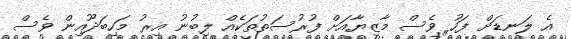
އެ ލަނޑަށް ފަހު ވެސް މާޒިޔާއަށް ފުރުސަތުތަކެއް ލިބުނު އިރު މަހިބަދޫއިން ވެސް